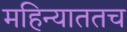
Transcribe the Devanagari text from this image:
महिन्याततच